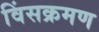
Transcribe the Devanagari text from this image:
विंसक्रमण